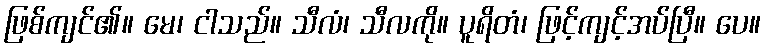
ဖြစ်ကျင်၏။ မေ၊ ငါသည်။ သီလံ၊ သီလကို။ ပူရိတံ၊ ဖြင့်ကျင့်အပ်ပြီ။ ပေ။